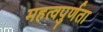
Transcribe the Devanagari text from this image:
महत्वपुर्णता